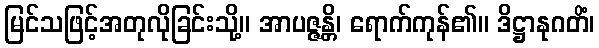
မြင်သဖြင့်အတုလိုခြင်းသို့။ အာပဇ္ဇန္တိ၊ ရောက်ကုန်၏။ ဒိဋ္ဌာနုဂတိံ၊